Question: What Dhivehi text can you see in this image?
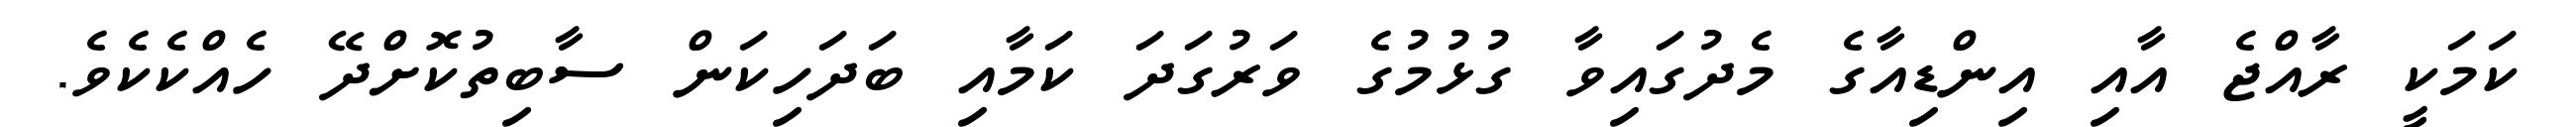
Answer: ކަމަކީ ރާއްޖެ އާއި އިންޑިއާގެ މެދުގައިވާ ގުޅުމުގެ ވަރުގަދަ ކަމާއި ބަދަހިކަން ސާބިތުކޮށްދޭ ހެއްކެކެވެ.